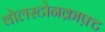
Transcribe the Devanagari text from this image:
वोलस्टोनक्राफ़्ट